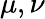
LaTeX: \mu,\nu